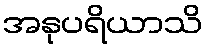
အနုပရိယာသိ